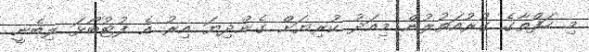
މި ހަފްތާގެ ގުރުއަތުލުން މިއަދު ކުރިޔަށް ގެންދިޔަ އިރު އެ ފުޓުބޯޅަ ލިބެނީ